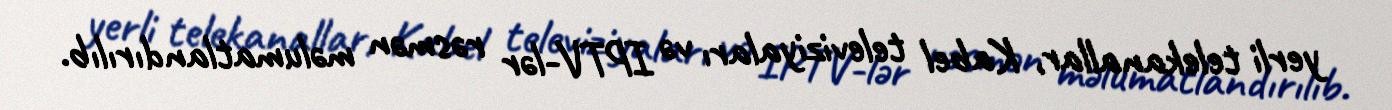
yerli telekanallar, Kabel televiziyaları və IPTV-lər rəsmən məlumatlandırılıb.